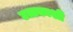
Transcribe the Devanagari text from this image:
उत्तकाशी